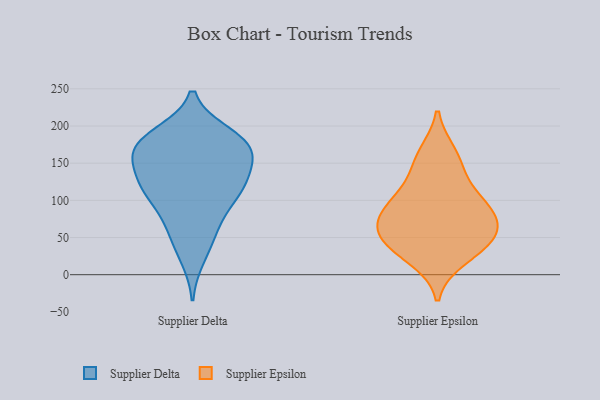
{"axis": {"x": "Population (Million)", "y": "Value"}, "legend": ["Supplier Delta", "Supplier Epsilon"], "data": [{"x": "", "y": 160, "type": "Supplier Delta"}, {"x": "", "y": 163, "type": "Supplier Delta"}, {"x": "", "y": 189, "type": "Supplier Delta"}, {"x": "", "y": 23, "type": "Supplier Delta"}, {"x": "", "y": 173, "type": "Supplier Delta"}, {"x": "", "y": 181, "type": "Supplier Delta"}, {"x": "", "y": 117, "type": "Supplier Delta"}, {"x": "", "y": 116, "type": "Supplier Delta"}, {"x": "", "y": 188, "type": "Supplier Delta"}, {"x": "", "y": 163, "type": "Supplier Delta"}, {"x": "", "y": 149, "type": "Supplier Delta"}, {"x": "", "y": 101, "type": "Supplier Delta"}, {"x": "", "y": 50, "type": "Supplier Delta"}, {"x": "", "y": 62, "type": "Supplier Delta"}, {"x": "", "y": 130, "type": "Supplier Delta"}, {"x": "", "y": 176, "type": "Supplier Delta"}, {"x": "", "y": 120, "type": "Supplier Delta"}, {"x": "", "y": 80, "type": "Supplier Delta"}, {"x": "", "y": 116, "type": "Supplier Delta"}, {"x": "", "y": 22, "type": "Supplier Epsilon"}, {"x": "", "y": 150, "type": "Supplier Epsilon"}, {"x": "", "y": 80, "type": "Supplier Epsilon"}, {"x": "", "y": 163, "type": "Supplier Epsilon"}, {"x": "", "y": 84, "type": "Supplier Epsilon"}, {"x": "", "y": 101, "type": "Supplier Epsilon"}, {"x": "", "y": 77, "type": "Supplier Epsilon"}, {"x": "", "y": 52, "type": "Supplier Epsilon"}, {"x": "", "y": 58, "type": "Supplier Epsilon"}, {"x": "", "y": 38, "type": "Supplier Epsilon"}, {"x": "", "y": 43, "type": "Supplier Epsilon"}, {"x": "", "y": 115, "type": "Supplier Epsilon"}]}